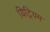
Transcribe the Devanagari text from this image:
यिट्रियम